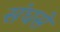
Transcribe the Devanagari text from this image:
संघसे